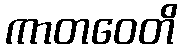
ကာတဝေတိ